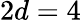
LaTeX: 2d=4